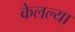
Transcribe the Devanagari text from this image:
केलल्या